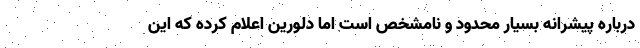
درباره پیشرانه بسیار محدود و نامشخص است اما دلورین اعلام کرده که این